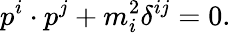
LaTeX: p^{i}\cdot p^{j}+m_{i}^{2}\delta^{ij}=0.